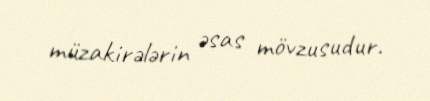
müzakirələrin əsas mövzusudur.